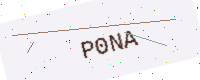
Text: P0NA